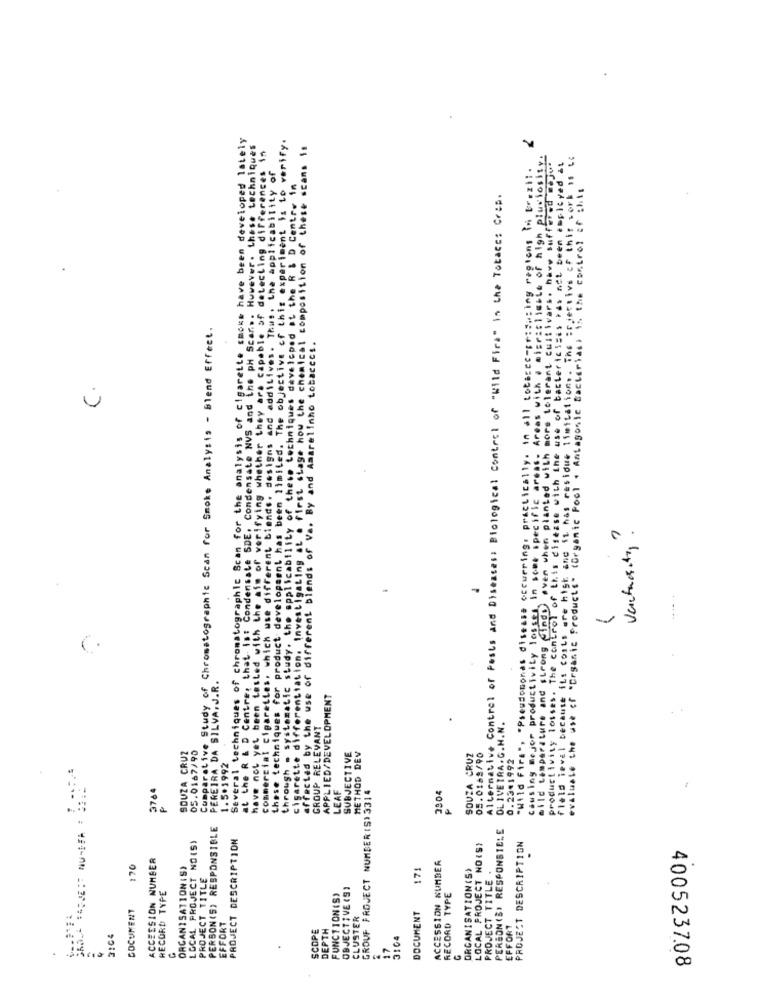
Several techniques of chromatographie Scan for the analysis of cigarette smoke have been developed lately
at the R & D Centre, that is: Condensate SDE. Condensate NVS and the ph Scar ... However. these techniques
these techniques for product development has been limited. The objective of this experiment is to verify.
have not yet been tested with the aim of verifying whether they are capable of detecting differences in
cigarette differentiation. Investigating at a first stage how the chemical composition of these scans is
Causing mejor productivity losses, in seet specific areas. Areas with a misrisliable of high pluviosity.
mild temperature and strong finds even when planted with more tolerant cultivars. have suffered sojus
"Wild Fire", "Pseudomonas disease occurring, practically. in all totscee-prisacing regions in Brazil.
productivity losses. The control of this disease with the use of bactericises has not been employed at
commercial cigarettes, which use different biends. designs and additives. Thus, the applicability of
through - systematic study, the applicability of these techniques developed at the R & D Centre in
field leval because its costs are high and it has residue limitations. The :rjective of this work is
the control of chits
Alternative Control of Pests and Diseasess Biological Control of "Wild Fire" in the Totacc: Crep.
evaluate the use of "Organic Products" (Organic Pool . Antagosic Bacterias) is
Comparative Study of Chromatographic Scan for Smoke Analysis - Blend Effect.
affected by the use of different blends of Va. By and Amarelinho totacces.
C.
Ventacity !
PEREIRA DA SILVA, J.R.
APPLIED/DEVELOPMENT
GROUP RELEVANT
OLIVEIRA. G.H.N.
05.0167/90
SOUZA CRUZ
1.5.1992
SUBJECTIVE
METHOD DEV
SOUZA CRUZ
05.0188/90
0.2341992
3764
LEAF
3904
GROUF PROJECT NUMBER (S) 3314
PERSON(S) RESPONSIBLE
PERSON(S) RESPONSIBLE
LOCAL PROJECT NO(S)
PROJECT DESCRIPTION
PROJECT DESCRIPTION
LOCAL PROJECT NO (S)
ACCESSION NUMBER
170
ORGANISATION (S)
PROJECT TITLE
171
ACCESSION NUMBER
ORGANISATION(S)
..
PROJECT TITLE .
OBJECTIVE IS
RECORD TYPE
FUNCTION(S>
RECORD TYPE
DOCUMENT
DOCUMENT
EFFORT
CLUSTER
SCOPE
DEPTH
EFFORT
2104
3104
4
17
G
.
4005237.08